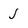
Character: j